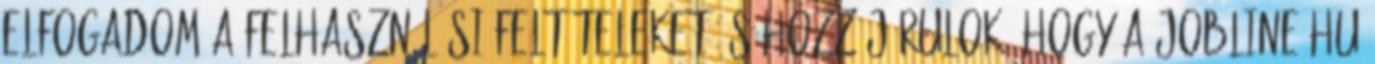
Elfogadom a felhasználási feltételeket és hozzájárulok, hogy a Jobline.hu